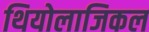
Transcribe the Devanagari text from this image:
थियोलाजिकल